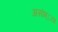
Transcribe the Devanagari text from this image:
असंभ्ाव